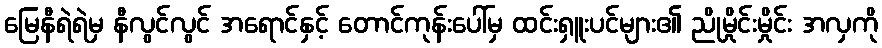
မြေနီရဲရဲမှ နီလွင်လွင် အရောင်နှင့် တောင်ကုန်းပေါ်မှ ထင်းရှူးပင်များ၏ ညိုမှိုင်းမှိုင်း အလှကို